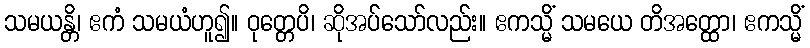
သမယန္တိ၊ ဧကံ သမယံဟူ၍။ ဝုတ္တေပိ၊ ဆိုအပ်သော်လည်း။ ဧကသ္မိံ သမယေ တိအတ္ထော၊ ဧကသ္မိံ